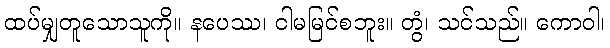
ထပ်မျှတူသောသူကို။ နပေဿ၊ ငါမမြင်စဘူး။ တွံ၊ သင်သည်။ ကောဝါ၊